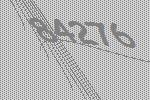
84276